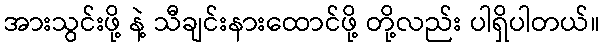
အားသွင်းဖို့ နဲ့ သီချင်းနားထောင်ဖို့ တို့လည်း ပါရှိပါတယ်။